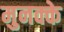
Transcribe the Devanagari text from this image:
मुनक्के